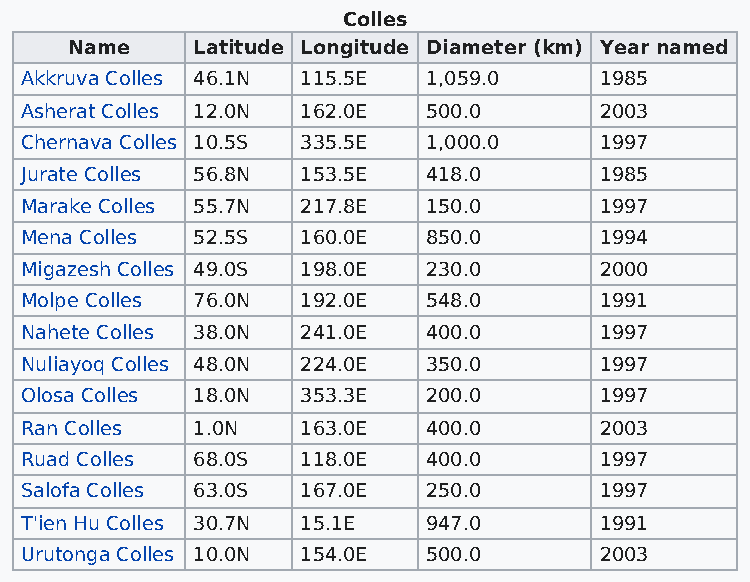
Colles
 Name     Latitude Longitude Diameter (km) Year named
 Akkruva Colles 46.1N 115.5E 1,059.0    1985
 Asherat Colles 12.0N 162.0E 500.0      2003
 Chernava Colles 10.5S 335.5E 1,000.0   1997
 Jurate Colles 56.8N 153.5E 418.0       1985
 Marake Colles 55.7N 217.8E 150.0       1997
 Mena Colles 52.5S  160.0E  850.0       1994
 Migazesh Colles 49.0S 198.0E 230.0     2000
 Molpe Colles 76.0N 192.0E  548.0       1991
 Nahete Colles 38.0N 241.0E 400.0       1997
 Nuliayoq Colles 48.0N 224.0E 350.0     1997
 Olosa Colles 18.0N 353.3E  200.0       1997
 Ran Colles  1.0N   163.0E  400.0       2003
 Ruad Colles 68.0S  118.0E  400.0       1997
 Salofa Colles 63.0S 167.0E 250.0       1997
 T'ien Hu Colles 30.7N 15.1E 947.0      1991
 Urutonga Colles 10.0N 154.0E 500.0     2003